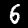
Label: 6